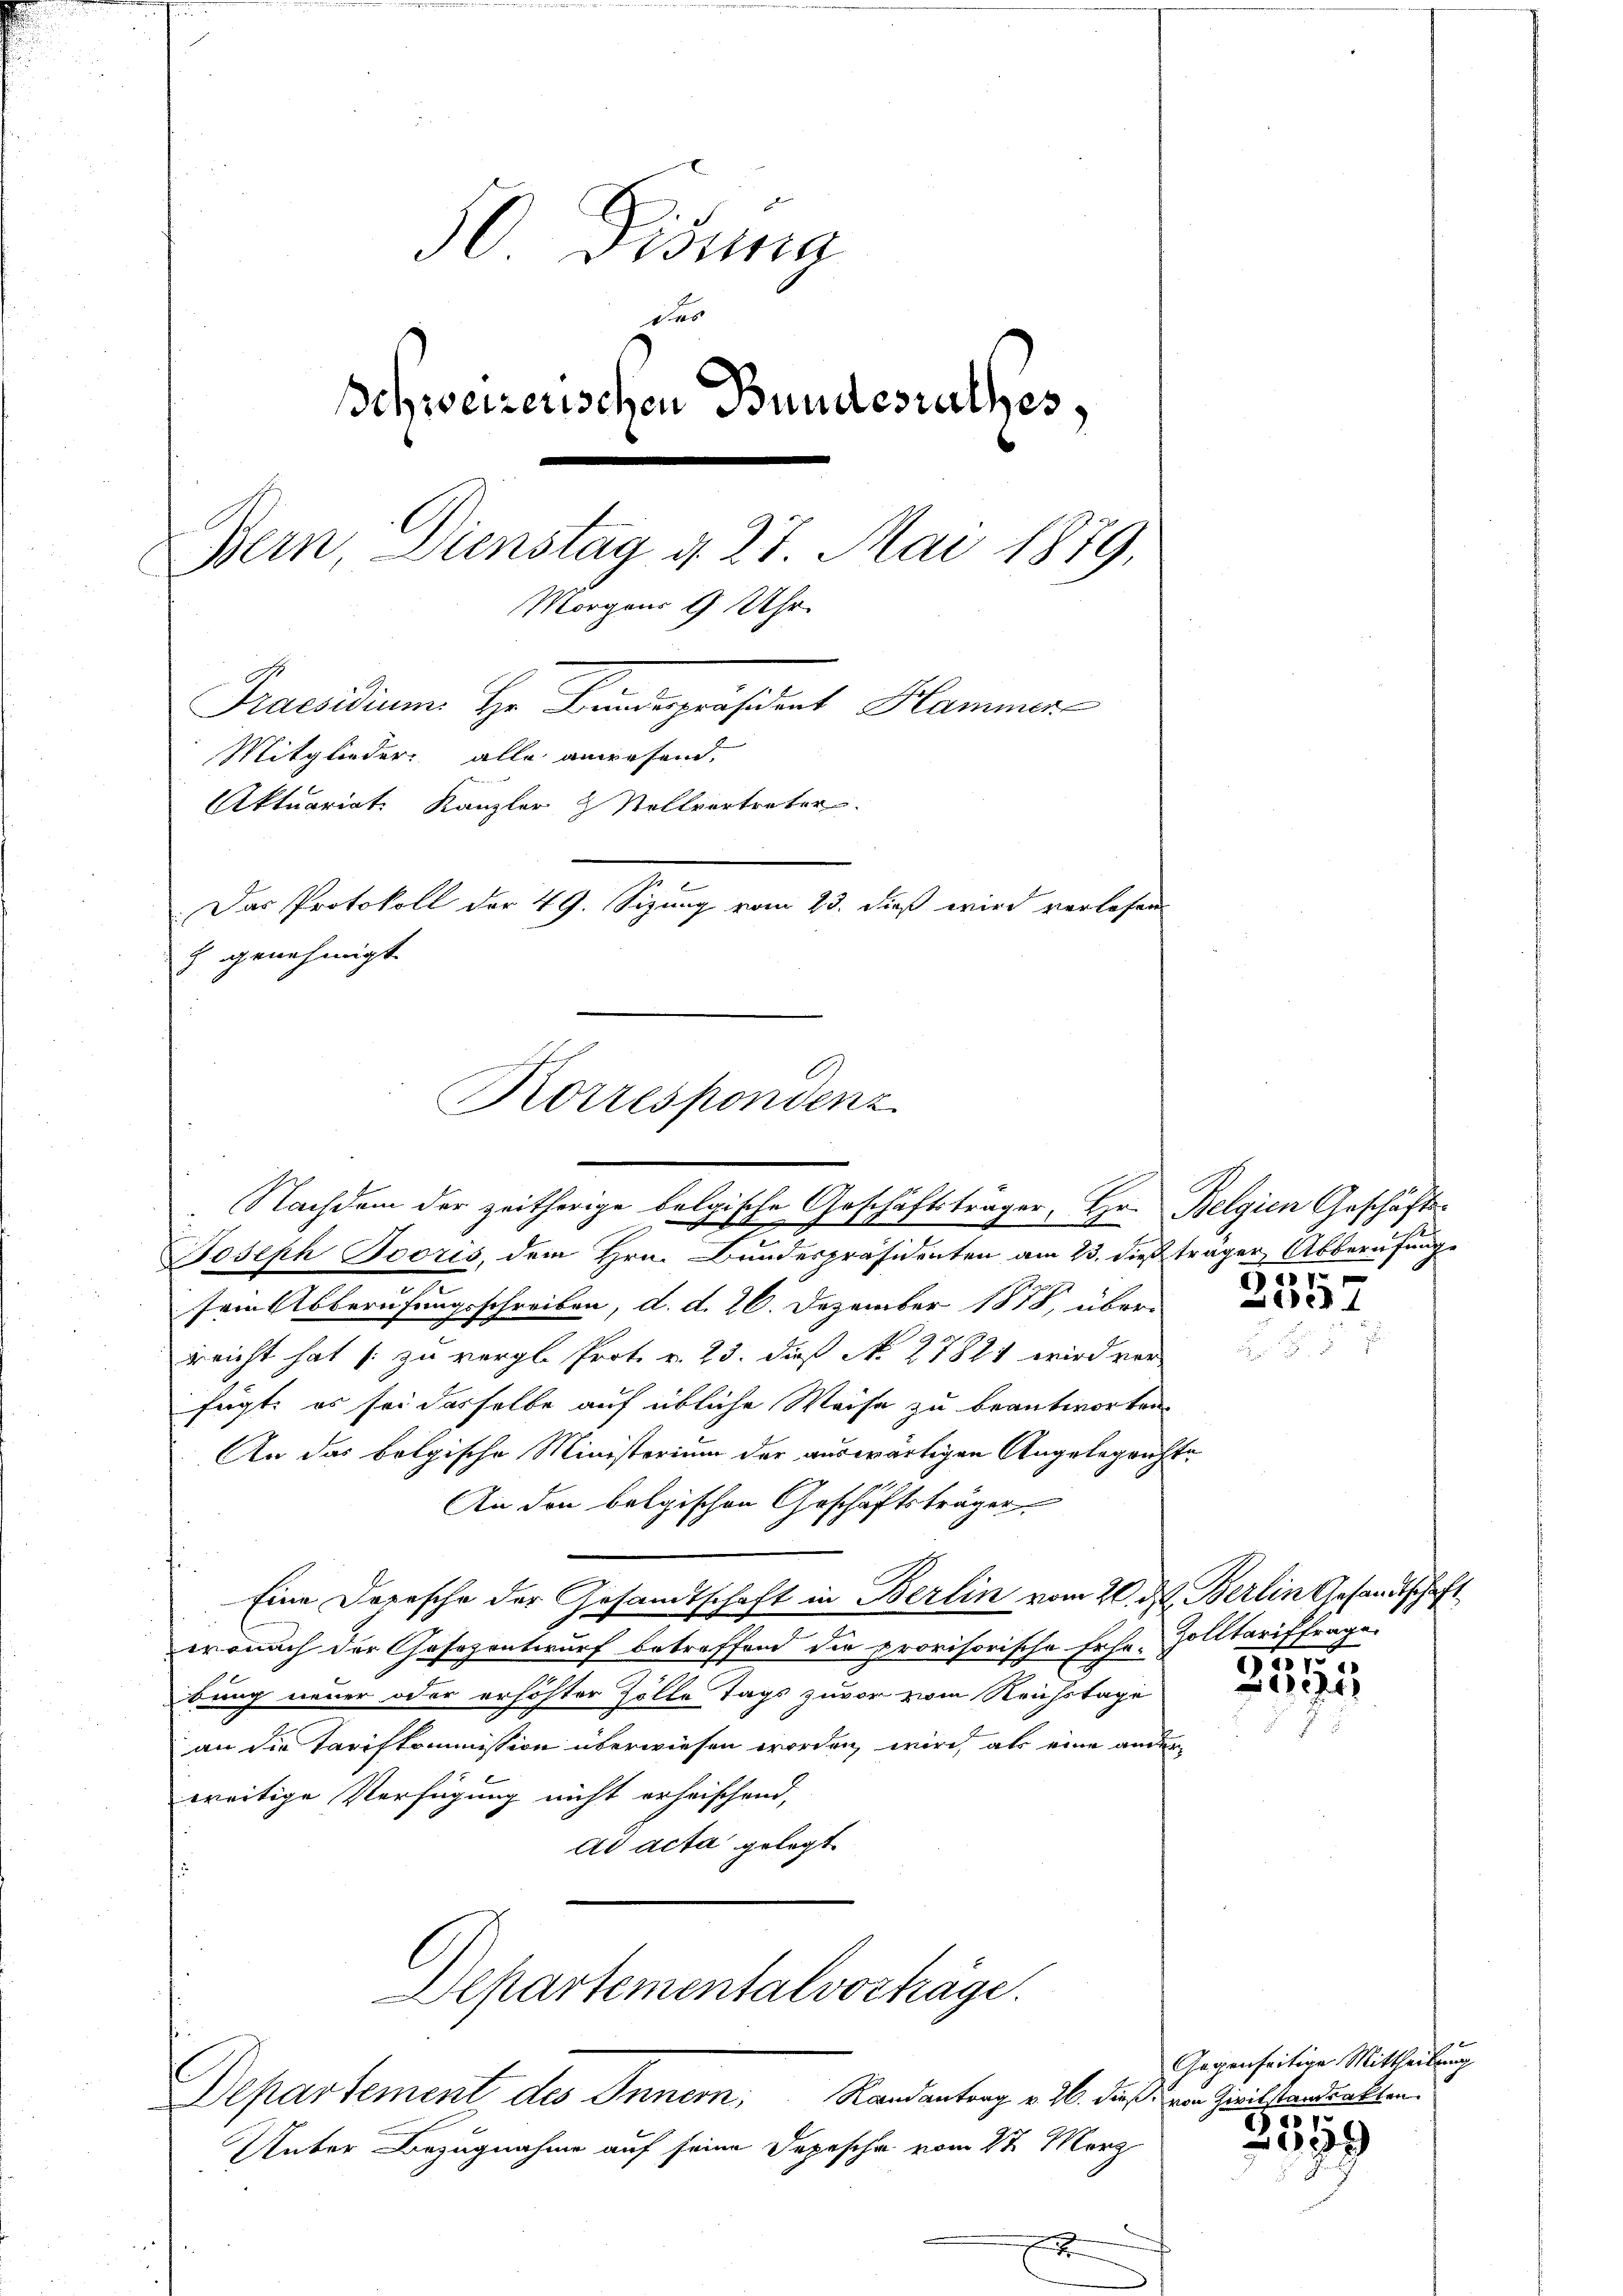
50 Disung
das
schweizerischen Bundesrathes,
Bern, Dienstag d. 27. Mai 1879,
Morgens 9 Uhr
Praesidium. Hr. Findepräsident Hammer
Mitglieder, alle angesend.
Aktuariat Kanzler & Stellvertreter
Der Protokoll der 49. Segung vom 23. daß wird verlesen
h genehmigt.

Joseph Booris, dem Hrn. Bundespräsidenten am 23. dieß träger Abberufunge
sein Abberufungsschreiben, d. d. 26. Dezember 1878, über-
reicht hat (: zu vergl. Prot. v. 23. daß No 27821 wird vor
fügt, es sei dasselbe auf übliche Weise zu beantworten,
An das bolgische Ministerium der auswärtigen Angelegrichte
An den belgischen Geschäftsträger
Eine Depesche der Gesandtschaft in Berlin vom 20. d. Berlin Gesandtschaft
eronach der Gesezentwurf betreffend die provisorische Erha-
bung neuer oder erhöhter Zolle Tags zuvor zwie Reichstage
an die Tarifkommission überwiesen worden, wird als eine ander
wreitige Verfügung nicht erheischend,
dd acta gelegt
Departementalvorhäge.
Departement des Innern Randantrag v. 26. dieß von Zivilstandenkten.
Unter Bezugnahme auf seine Depesche vom 2t März
f

Korrespondenz

Nachdem der zeitherige belgische Geschäftsträger, Hr. Belgien Geschäfts-

1

e

Zolltariktrage
55

e

Gegenseitige Mittheilung

3359